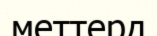
меттерд